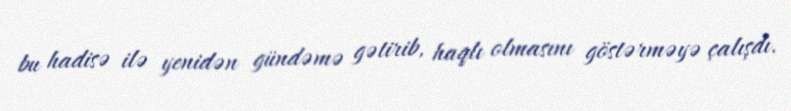
bu hadisə ilə yenidən gündəmə gətirib, haqlı olmasını göstərməyə çalışdı.